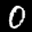
Label: 0